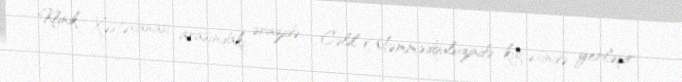
Klinik Xəstəxanası arasındakı ərazidə - Cəlil Məmmədquluzadə küçəsində yerləşir.